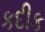
કદીક